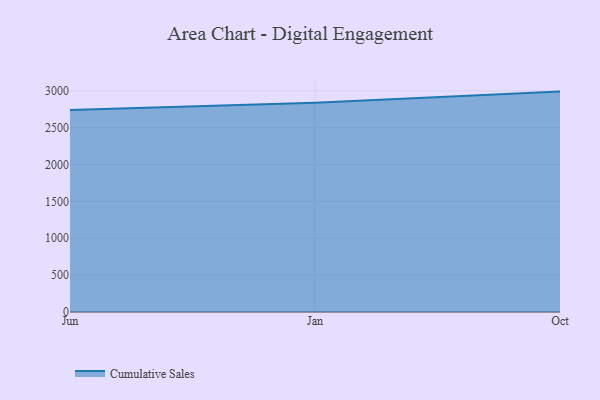
{"axis": {"x": "Month", "y": "Population (Million)"}, "legend": ["Cumulative Sales"], "data": [{"x": "Jun", "y": 2741.6, "type": "Cumulative Sales"}, {"x": "Jan", "y": 2839.2, "type": "Cumulative Sales"}, {"x": "Oct", "y": 2989.7, "type": "Cumulative Sales"}]}